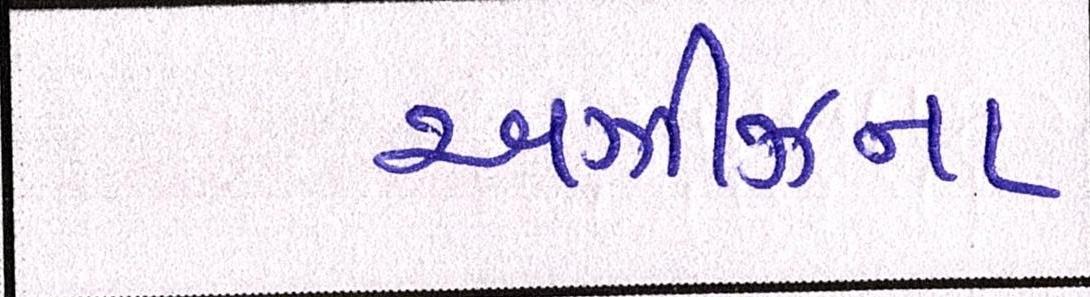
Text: અઝીઝના